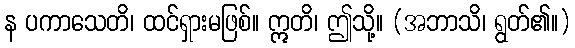
န ပကာသေတိ၊ ထင်ရှားမဖြစ်။ ဣတိ၊ ဤသို့။ (အဘာသိ၊ ရွတ်၏။)